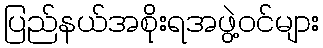
ပြည်နယ်အစိုးရအဖွဲ့ဝင်များ